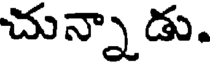
చున్నాడు.